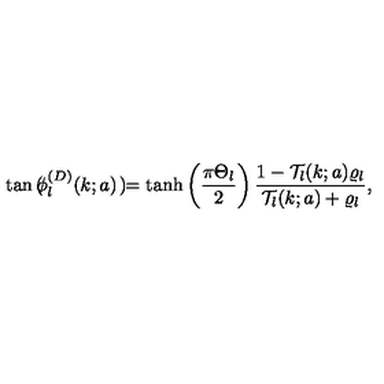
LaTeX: \tan \mathrm { \boldmath \Large \left( \right. } \! \! \! \phi _ { l } ^ { ( D ) } ( k ; a ) \mathrm { \boldmath \Large \left. \right) } \! \! = \tanh \left( \frac { \pi \Theta _ { l } } { 2 } \right) \frac { 1 - { \mathcal T } _ { l } ( k ; a ) \varrho _ { l } } { { \mathcal T } _ { l } ( k ; a ) + \varrho _ { l } } ,